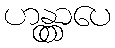
ဟန္တွာပေ